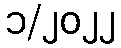
၁/၂၀၂၂